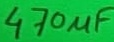
Text: 470µF